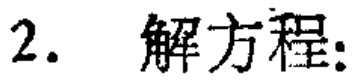
2. 解方程: